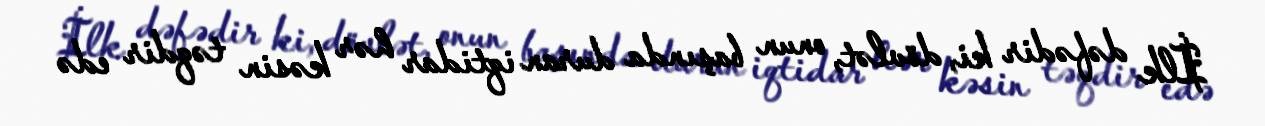
İlk dəfədir ki, dövlət, onun başında duran iqtidar hər kəsin təqdir edə